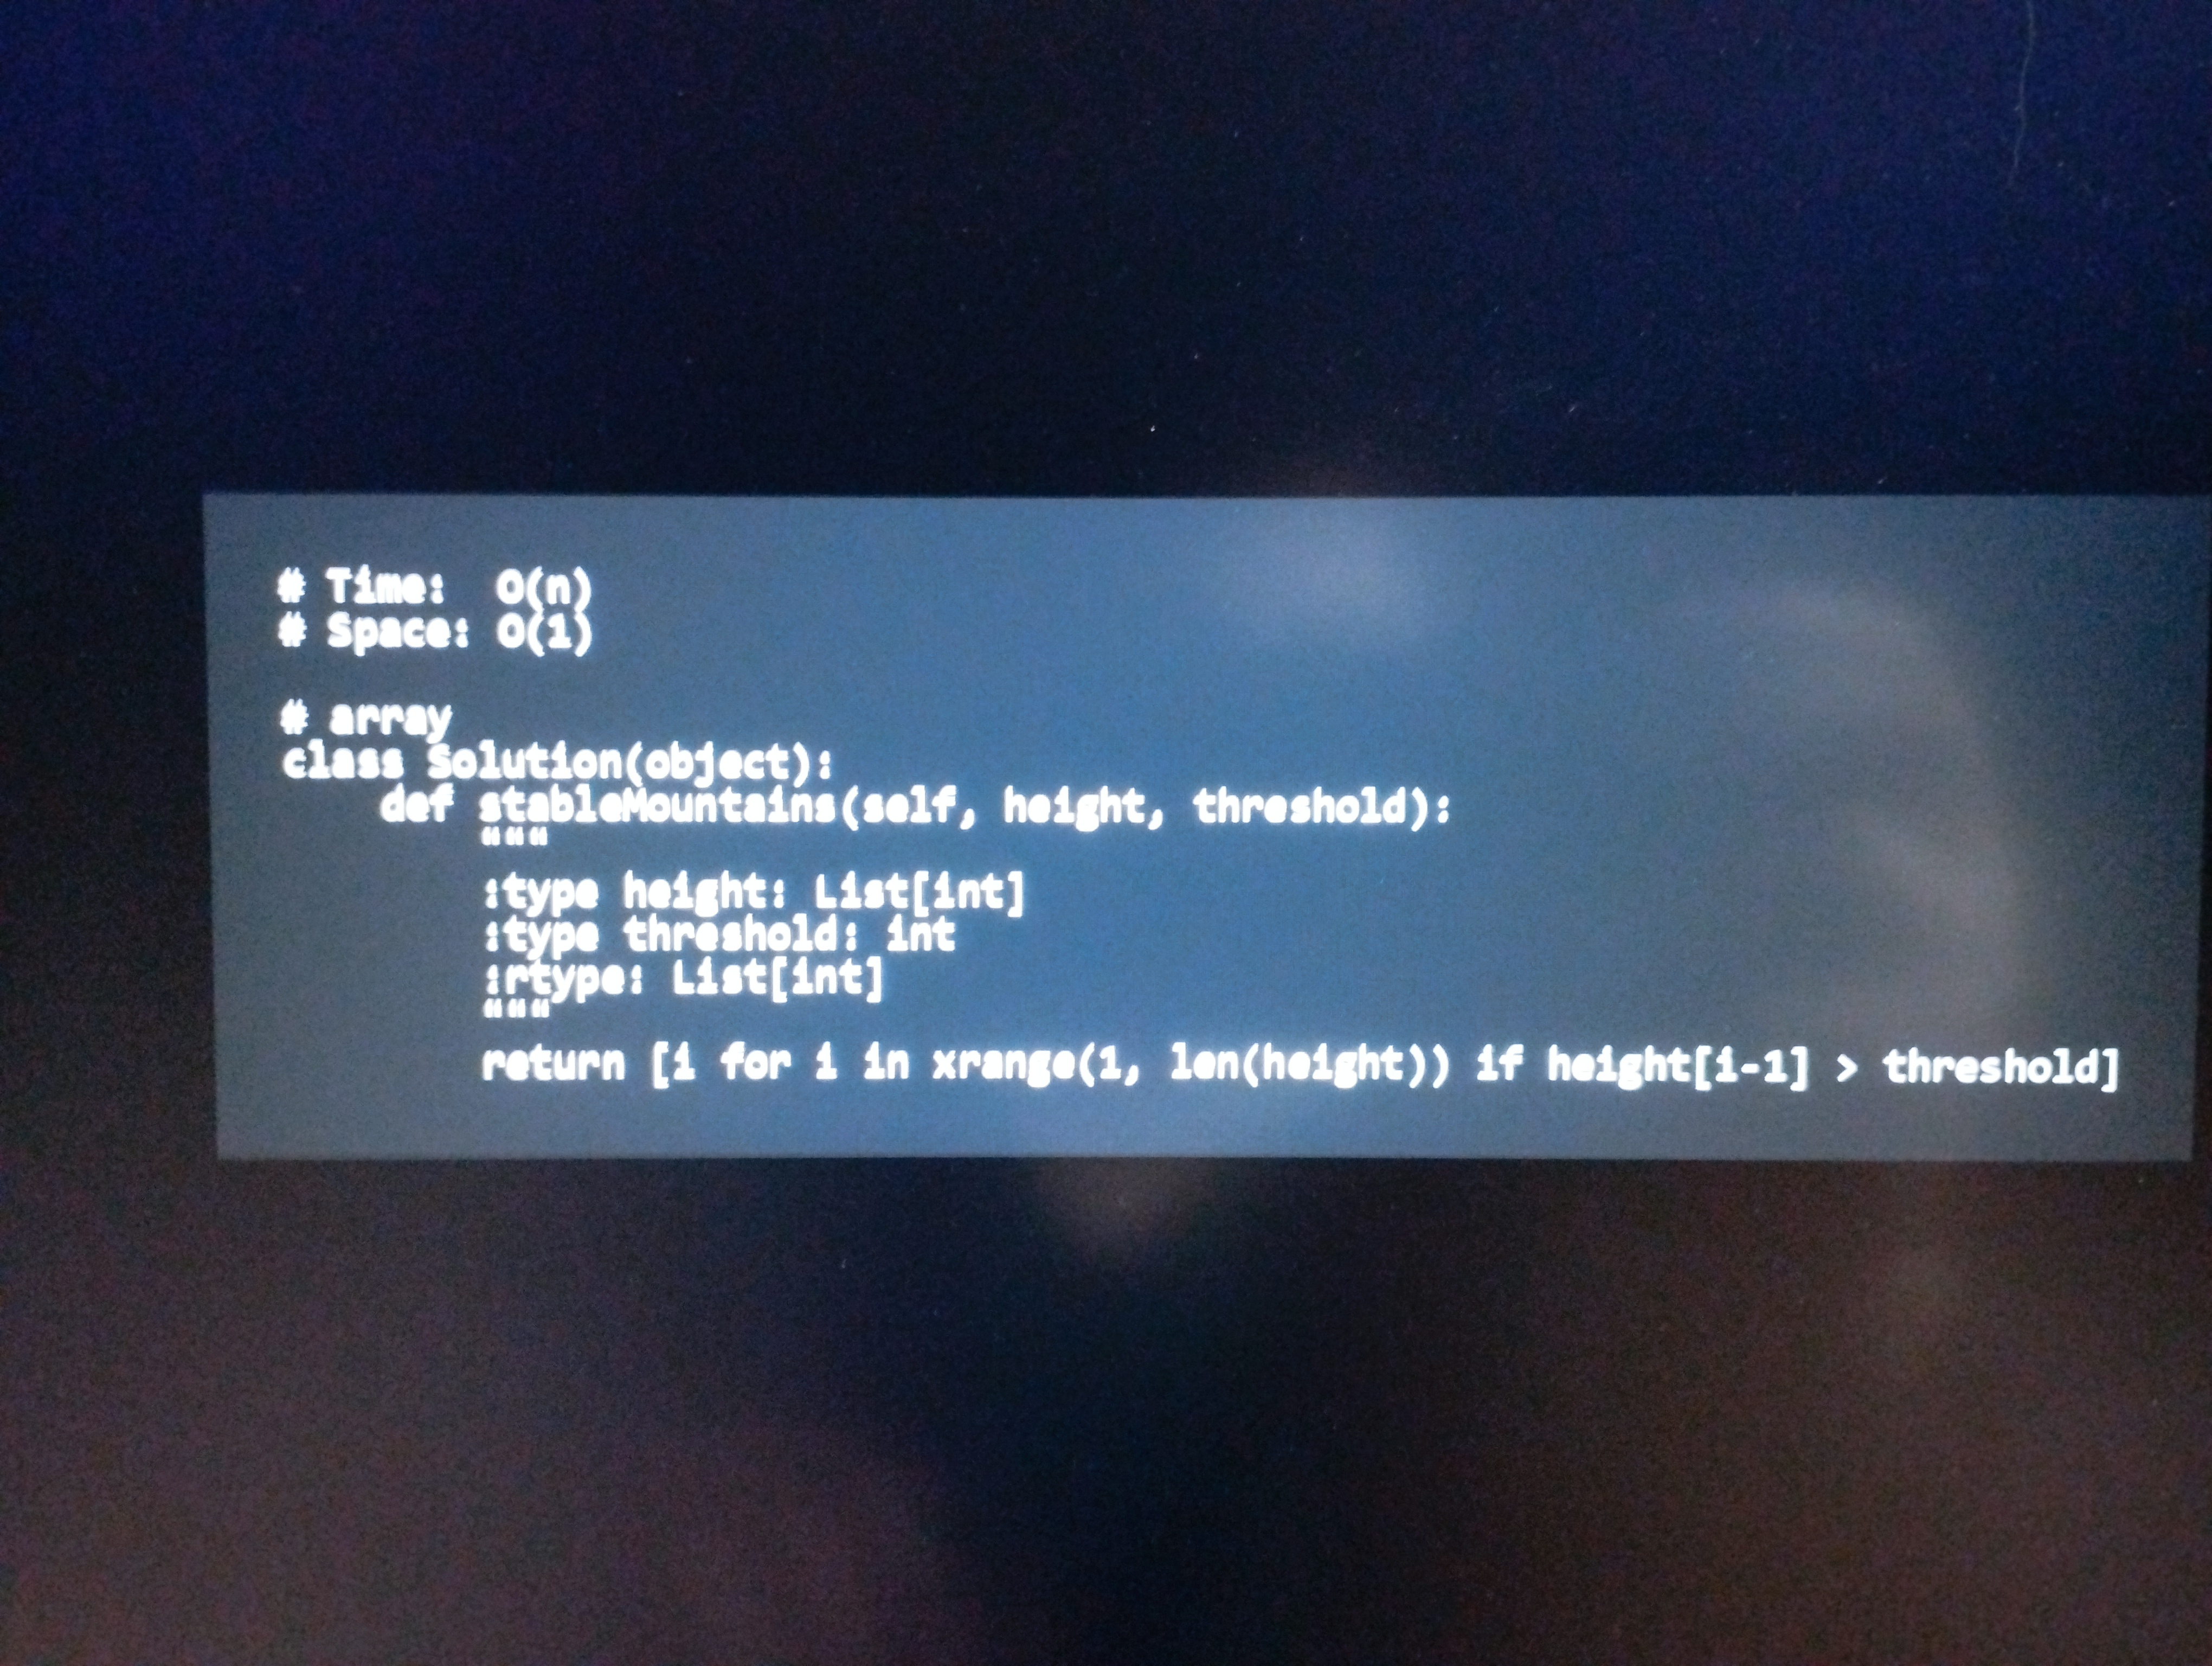
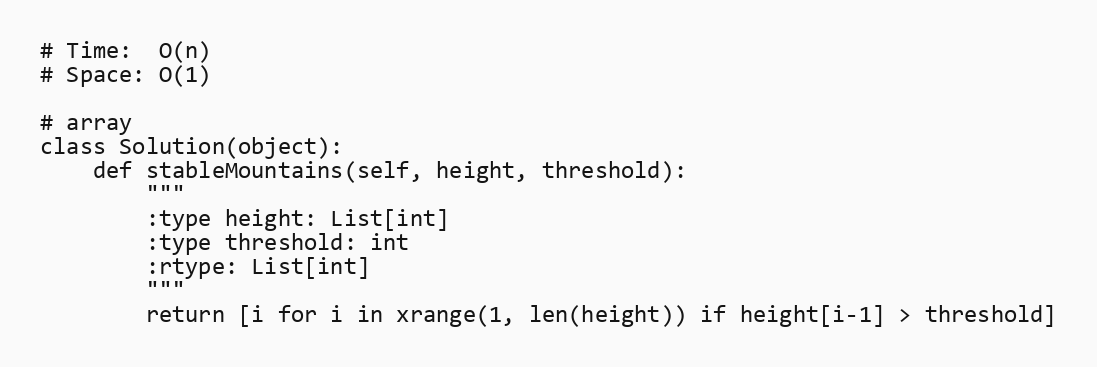
# Time:  O(n)
# Space: O(1)

# array
class Solution(object):
    def stableMountains(self, height, threshold):
        """
        :type height: List[int]
        :type threshold: int
        :rtype: List[int]
        """
        return [i for i in xrange(1, len(height)) if height[i-1] > threshold]